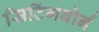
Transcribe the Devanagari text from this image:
सिटिंगबोर्न